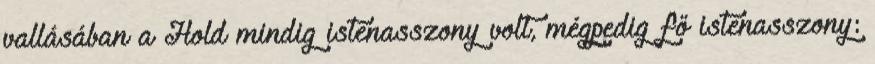
vallásában a Hold mindig istenasszony volt, mégpedig fő istenasszony: